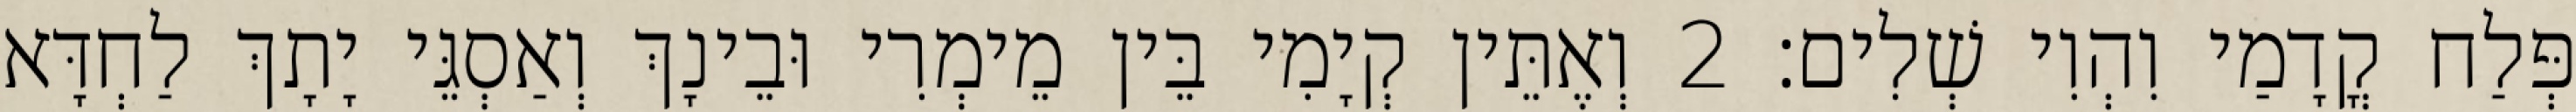
פְּלַח קֳדָמַי וִהְוִי שְׁלִים׃ 2 וְאֶתֵּין קְיָמִי בֵּין מֵימְרִי וּבֵינָךְ וְאַסְגֵּי יָתָךְ לַחְדָּא